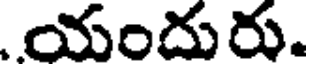
యందురు.